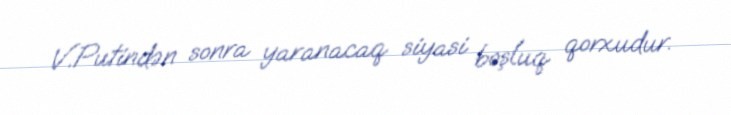
V.Putindən sonra yaranacaq siyasi boşluq qorxudur.